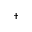
^ \dagger